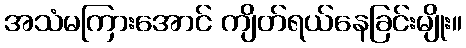
အသံမကြားအောင် ကျိတ်ရယ်နေခြင်းမျိုး။